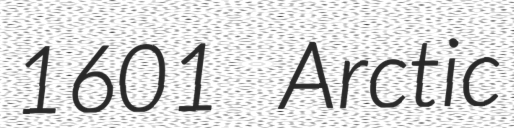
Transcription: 1601 Arctic